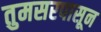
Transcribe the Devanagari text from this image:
तुमसरपासून